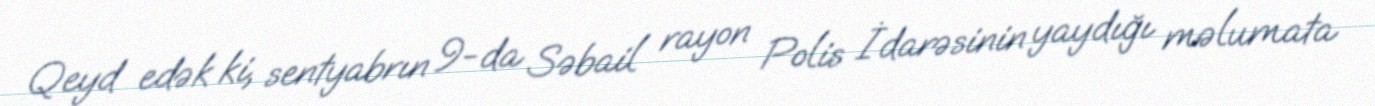
Qeyd edək ki, sentyabrın 9-da Səbail rayon Polis İdarəsinin yaydığı məlumata